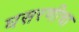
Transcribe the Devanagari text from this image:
घसरणीचा